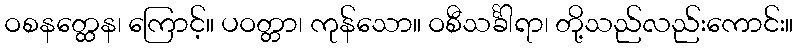
ဝစနတ္ထေန၊ ကြောင့်။ ပဝတ္တာ၊ ကုန်သော။ ဝစီသင်္ခါရာ၊ တို့သည်လည်းကောင်း။